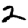
Digit: 2